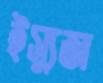
ইস্যুজ